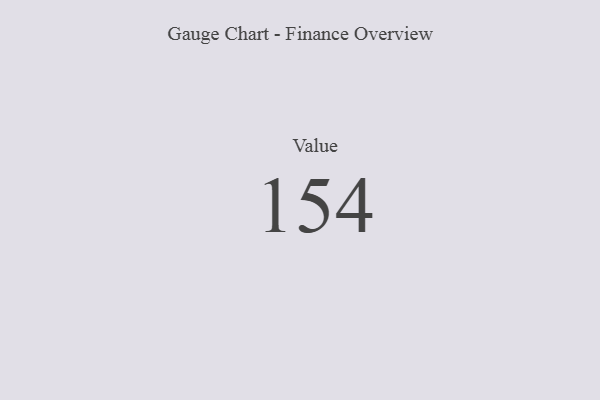
{"axis": {"x": "Metric", "y": "Value"}, "legend": [""], "data": [{"x": "Value", "y": 154, "type": ""}]}